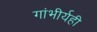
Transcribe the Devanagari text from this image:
गांभीर्यही